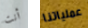
أنت عملياتنا